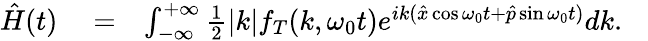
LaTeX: \begin{array}{rlr}{\hat{H}(t)}&{{}=}&{\int_{-\infty}^{+\infty}\frac{1}{2}|k|f_{T}(k,\omega_{0}t)e^{ik(\hat{x}\cos\omega_{0}t+\hat{p}\sin\omega_{0}t)}dk.\ \ \ }\end{array}